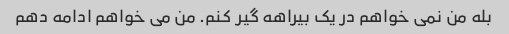
بله من نمی خواهم در یک بیراهه گیر کنم. من می خواهم ادامه دهم